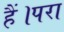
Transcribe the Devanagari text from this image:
हैं।परा